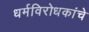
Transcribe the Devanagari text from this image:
धर्मविरोधकांचे